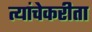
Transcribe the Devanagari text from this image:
त्यांचेकरीता